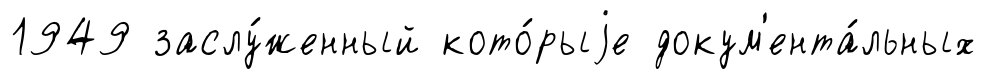
1949 заслу́женный кото́рыjе докум'ента́льных